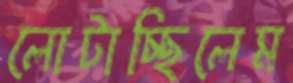
লোটাচ্ছিলেম